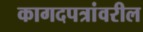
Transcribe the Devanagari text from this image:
कागदपत्रांवरील